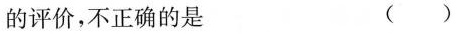
的评价，不正确的是 ( )